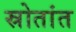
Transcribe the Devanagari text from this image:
स्रोतांत